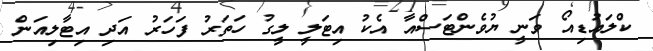
ކްލައުޑިއޯ ވަނީ ޔުވެންޓަސްއާ އެކު އިޓަލީ ލީގު ހަތަރު ފަހަރު އަދި އިޓާލިއަން